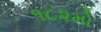
૧૮૨મો